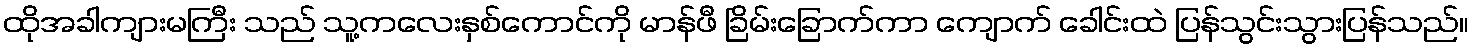
ထိုအခါကျားမကြီး သည် သူ့ကလေးနှစ်ကောင်ကို မာန်ဖီ ခြိမ်းခြောက်ကာ ကျောက် ခေါင်းထဲ ပြန်သွင်းသွားပြန်သည်။